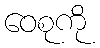
ဝေစုကို